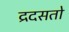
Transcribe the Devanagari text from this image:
द्रदसतो